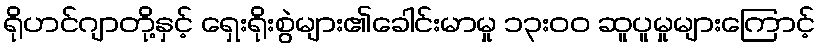
ရိုဟင်ဂျာတို့နှင့် ရှေးရိုးစွဲများ၏ခေါင်းမာမှု ၁၃းဝဝ ဆူပူမှုများကြောင့်